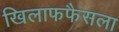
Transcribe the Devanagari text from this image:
खिलाफफैसला